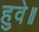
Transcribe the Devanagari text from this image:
हुवे॥